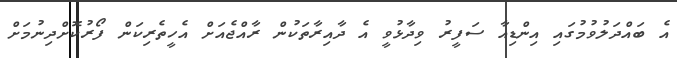
އެ ބައްދަލުވުމުގައި އިންޑިއާ ސަފީރު ވިދާޅުވީ އެ ދާއިރާތަކުން ރާއްޖެއަށް އެހީތެރިކަން ފޯރުކޮށްދިނުމަށް